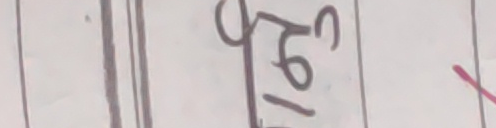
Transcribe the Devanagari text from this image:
१९०